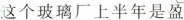
这个玻璃厂上半年是盈